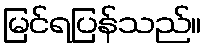
မြင်ရပြန်သည်။